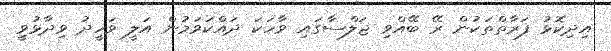
އިދިކޮޅު ފަރާތްތަކުން ރޭ ބޭއްވި ޖަލްސާގައި ވާހަކަ ދައްކަވަމުން އަލީ ވަހީދު ވިދާޅުވީި